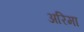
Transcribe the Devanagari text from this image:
अरिमा